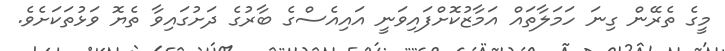
މީގެ ތެރޭން ގިނަ ހަމަލާތައް އަމާޒުކޮށްފައިވަނީ އައިއެސްގެ ބާރުގެ ދަށުގައިވާ ތެޔޮ ވަޅުތަކަށެވެ.